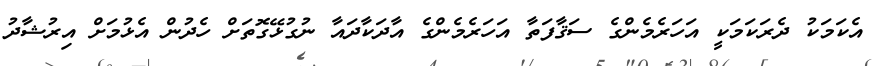
އެކަމަކު ދެރަކަމަކީ އަހަރެމެންގެ ސަޤާފަތާ އަހަރެމެންގެ އާދަކާދައާ ނުގުޅޭގޮތަށް ހެދުން އެޅުމަށް އިރުޝާދު